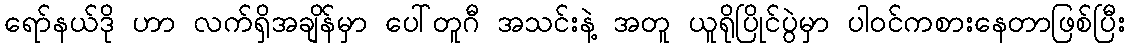
ရော်နယ်ဒို ဟာ လက်ရှိအချိန်မှာ ပေါ်တူဂီ အသင်းနဲ့ အတူ ယူရိုပြိုင်ပွဲမှာ ပါဝင်ကစားနေတာဖြစ်ပြီး